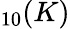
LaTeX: _{10}(K)